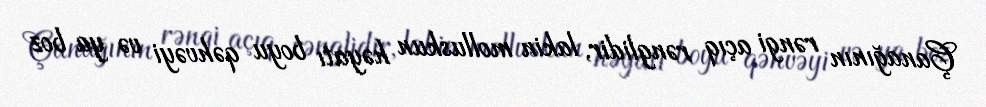
Çanağının rəngi açıq rənglidir, lakin molluskun həyatı boyu qəhvəyi və ya boz